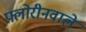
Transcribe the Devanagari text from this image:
फ्लोरीनवाले